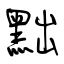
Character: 黜